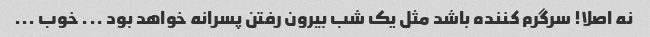
نه اصلا! سرگرم کننده باشد مثل یک شب بیرون رفتن پسرانه خواهد بود ... خوب ...